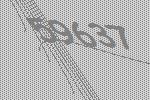
59637